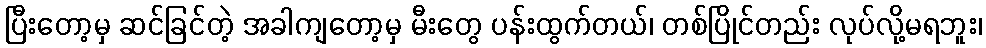
ပြီးတော့မှ ဆင်ခြင်တဲ့ အခါကျတော့မှ မီးတွေ ပန်းထွက်တယ်၊ တစ်ပြိုင်တည်း လုပ်လို့မရဘူး၊